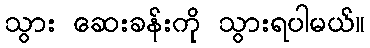
သွား ဆေးခန်းကို သွားရပါမယ်။